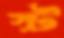
স্ট